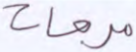
مربعات